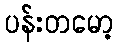
ပန်းတမော့